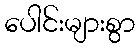
ပေါင်းများစွာ